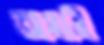
অয়নি